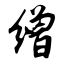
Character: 缯